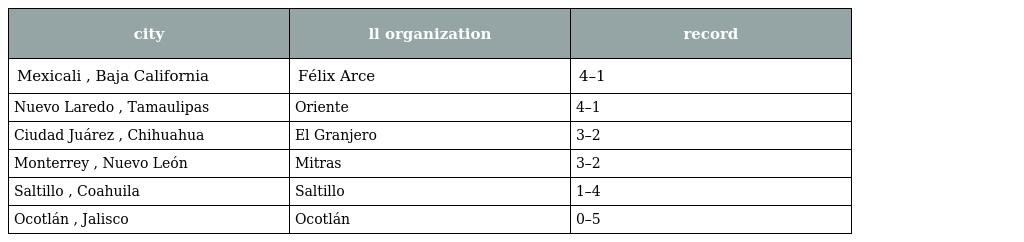
| city | ll organization | record |
 | --- | --- | --- |
 | Mexicali , Baja California | Félix Arce | 4–1 |
 | Nuevo Laredo , Tamaulipas | Oriente | 4–1 |
 | Ciudad Juárez , Chihuahua | El Granjero | 3–2 |
 | Monterrey , Nuevo León | Mitras | 3–2 |
 | Saltillo , Coahuila | Saltillo | 1–4 |
 | Ocotlán , Jalisco | Ocotlán | 0–5 |